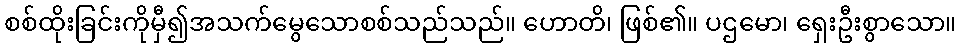
စစ်ထိုးခြင်းကိုမှီ၍အသက်မွေသောစစ်သည်သည်။ ဟောတိ၊ ဖြစ်၏။ ပဌမော၊ ရှေးဦးစွာသော။